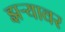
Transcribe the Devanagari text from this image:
झऱ्यावर